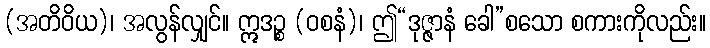
(အတိဝိယ)၊ အလွန်လျှင်။ ဣဒဉ္စ (ဝစနံ)၊ ဤ“ဒုဇ္ဇာနံ ခေါ”စသော စကားကိုလည်း။